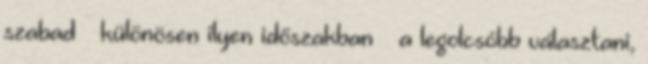
szabad – különösen ilyen időszakban – a legolcsóbb választani,